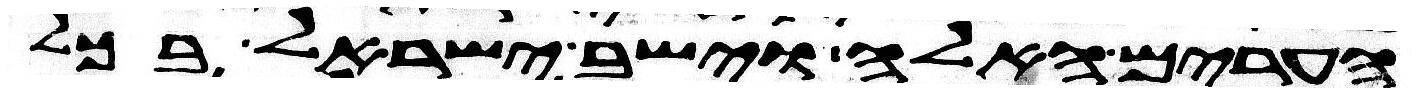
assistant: הערים האלה וישב ישראל בכל